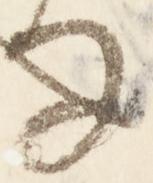
な